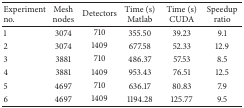
| Experiment no. | Mesh nodes | Detectors | Time (s) Matlab | Time (s) CUDA | Speedup ratio |
 | --- | --- | --- | --- | --- | --- |
 | 1 | 3074 | 710 | 355.50 | 39.23 | 9.1 |
 | 2 | 3074 | 1409 | 677.58 | 52.33 | 12.9 |
 | 3 | 3881 | 710 | 486.37 | 57.53 | 8.5 |
 | 4 | 3881 | 1409 | 953.43 | 76.51 | 12.5 |
 | 5 | 4697 | 710 | 636.17 | 80.83 | 7.9 |
 | 6 | 4697 | 1409 | 1194.28 | 125.77 | 9.5 |